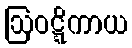
ဩဝဋ္ဋိကာယ